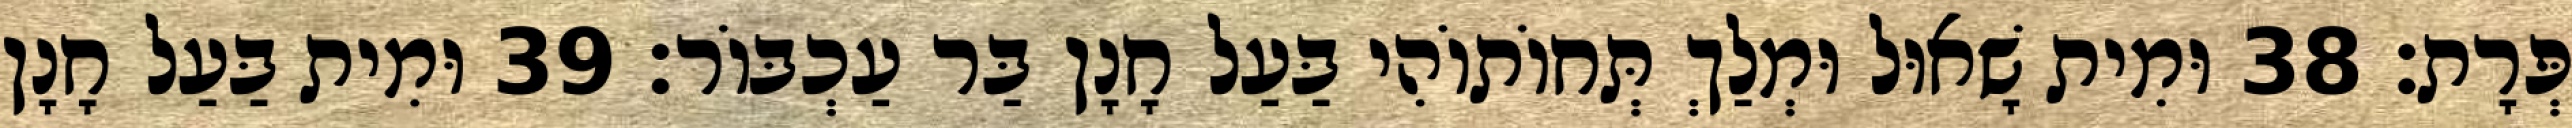
פְּרָת׃ 38 וּמִית שָׁאוּל וּמְלַךְ תְּחוֹתוֹהִי בַּעַל חָנָן בַּר עַכְבּוֹר׃ 39 וּמִית בַּעַל חָנָן